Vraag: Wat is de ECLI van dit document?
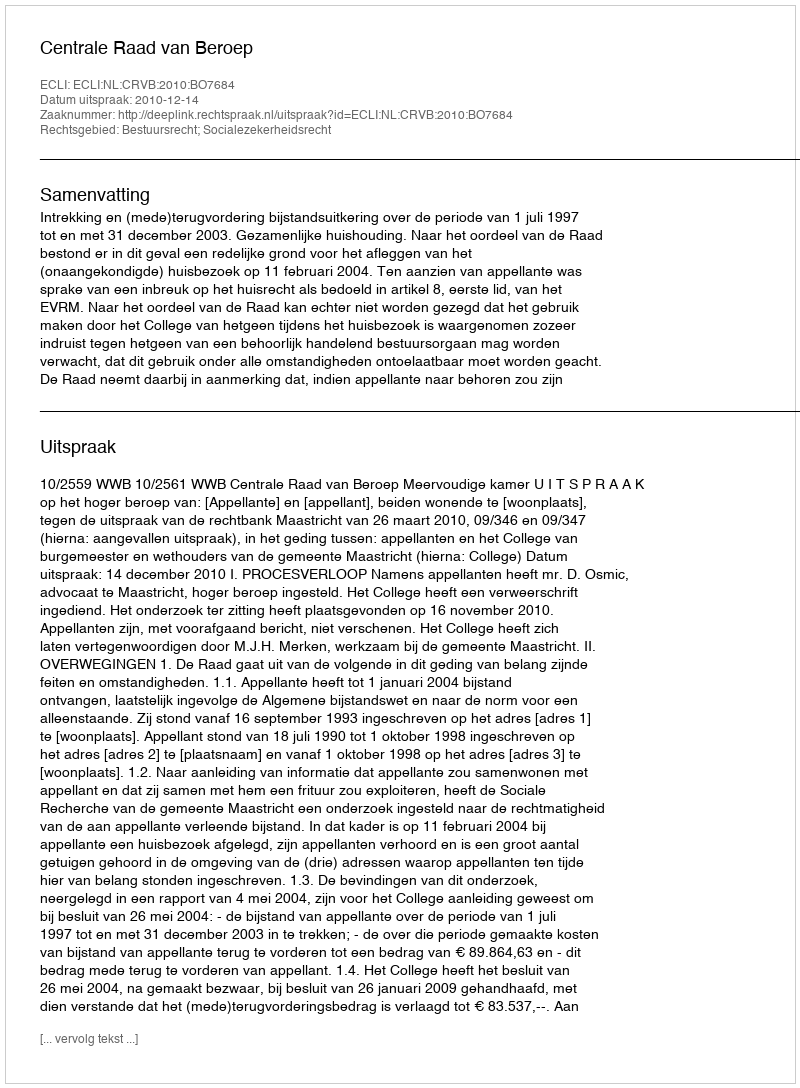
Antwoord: ECLI:NL:CRVB:2010:BO7684